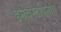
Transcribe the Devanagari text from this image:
इनवेस्टपिनांग